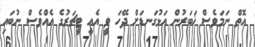
އޮތް ނަމަވެސް ޚަބަރުން އަޅުގަނޑަށް ދޭހަ ވީ އެއީ ޓީޗަރުގެ އެއްވެސް ނުބައި